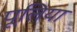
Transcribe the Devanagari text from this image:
पूलिया